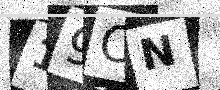
Text: 19ON